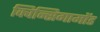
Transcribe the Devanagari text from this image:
क्विन्सिगामोंड